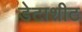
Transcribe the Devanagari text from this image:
डेटाशीट